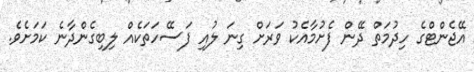
އޭޖެންޓްގެ ހިދުމަތް ދޭން ފެށުމާއެކު ވަރަށް ގިނަ ލުއި ފަސޭހަތަކެއް ލިބިގެންދާނެ ކަމަށެވެ.